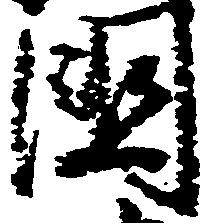
国